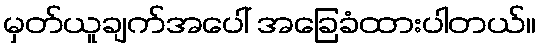
မှတ်ယူချက်အပေါ် အခြေခံထားပါတယ်။